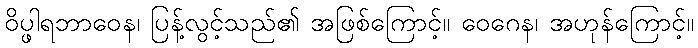
ဝိပ္ဖါရဘာဝေန၊ ပြန့်လွင့်သည်၏ အဖြစ်ကြောင့်။ ဝေဂေန၊ အဟုန်ကြောင့်။